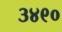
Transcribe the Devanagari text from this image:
३४९०